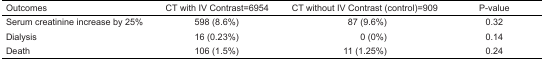
| Outcomes | CT with IV Contrast=6954 | CT without IV Contrast (control)=909 | P-value |
 | --- | --- | --- | --- |
 | Serum creatinine increase by 25% | 598 (8.6%) | 87 (9.6%) | 0.32 |
 | Dialysis | 16 (0.23%) | 0 (0%) | 0.14 |
 | Death | 106 (1.5%) | 11 (1.25%) | 0.24 |